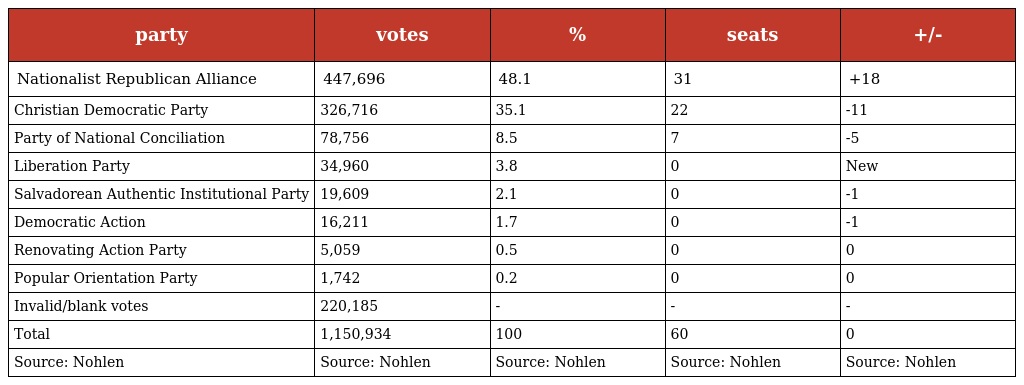
| party | votes | % | seats | +/- |
 | --- | --- | --- | --- | --- |
 | Nationalist Republican Alliance | 447,696 | 48.1 | 31 | +18 |
 | Christian Democratic Party | 326,716 | 35.1 | 22 | -11 |
 | Party of National Conciliation | 78,756 | 8.5 | 7 | -5 |
 | Liberation Party | 34,960 | 3.8 | 0 | New |
 | Salvadorean Authentic Institutional Party | 19,609 | 2.1 | 0 | -1 |
 | Democratic Action | 16,211 | 1.7 | 0 | -1 |
 | Renovating Action Party | 5,059 | 0.5 | 0 | 0 |
 | Popular Orientation Party | 1,742 | 0.2 | 0 | 0 |
 | Invalid/blank votes | 220,185 | - | - | - |
 | Total | 1,150,934 | 100 | 60 | 0 |
 | Source: Nohlen | Source: Nohlen | Source: Nohlen | Source: Nohlen | Source: Nohlen |